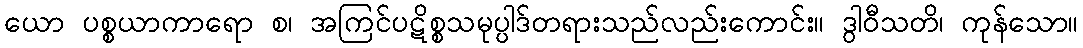
ယော ပစ္စယာကာရော စ၊ အကြင်ပဋိစ္စသမုပ္ပါဒ်တရားသည်လည်းကောင်း။ ဒွါဝီသတိ၊ ကုန်သော။